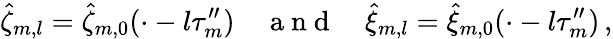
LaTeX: \hat{\zeta}_{m,l}=\hat{\zeta}_{m,0}(\cdot-l\tau_{m}^{\prime\prime})\quad\mathrm{~a~n~d~}\quad\hat{\xi}_{m,l}=\hat{\xi}_{m,0}(\cdot-l\tau_{m}^{\prime\prime})\, ,